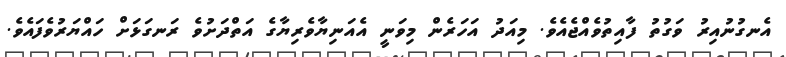
އެނގުނުއިރު ވަގުތު ފާއިތުވެއްޖެއެވެ. މިއަދު އަހަރެން މިވަނީ އެއަނިޔާވެރިޔާގެ އަތްދަށުވެ ރަނގަޅަށް ހައްޔަރުވެފައެވެ.